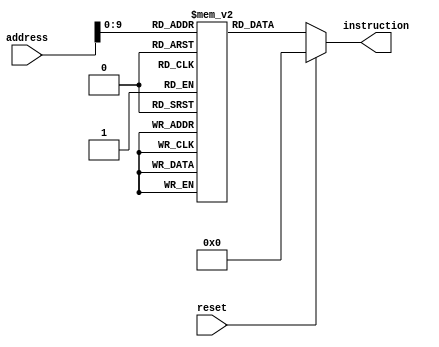
module instrMem (
   input [31:0] address,
   input reset,
   output [31:0] instruction
);
  reg [31:0] inst_mem [1023:0];  // Define a memory array to store instructions

  integer i;

  initial begin
  //  for (i = 0; i < 1023; i = i + 4 ) begin
      // Example R-type instruction: ADD R3, R1, R2 
      inst_mem[0] = 32'h00536823;   //0000 0000 0101 0011 0110 1000 0010 0011 - S
      inst_mem[4] = 32'h00536833;   //0000 0000 0101 0011 0110 1000 0011 0011 - R
      inst_mem[8] = 32'h00536803;   //0000 0000 0101 0011 0110 1000 0000 0011 - I
      inst_mem[12] = 32'h00536863;  //0000 0000 0101 0011 0110 1000 0110 0011 - SB
  // end
  end

  assign instruction = (reset == 1'b1) ? 32'b0 : inst_mem[address];

endmodule